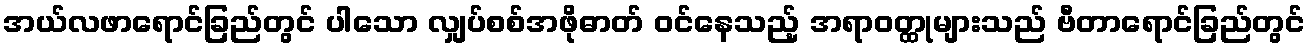
အယ်လဖာရောင်ခြည်တွင် ပါသော လျှပ်စစ်အဖိုဓာတ် ဝင်နေသည့် အရာဝတ္ထုများသည် ဗီတာရောင်ခြည်တွင်